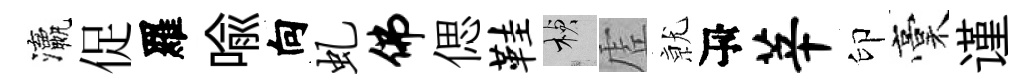
瀛促羅喩向虬佛偲鞋楨虗𭕒瓴莘印稾谨